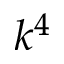
k ^ { 4 }